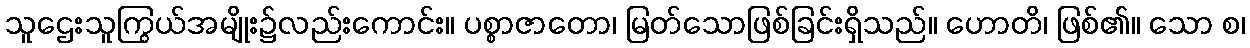
သူဌေးသူကြွယ်အမျိုး၌လည်းကောင်း။ ပစ္စာဇာတော၊ မြတ်သောဖြစ်ခြင်းရှိသည်။ ဟောတိ၊ ဖြစ်၏။ သော စ၊